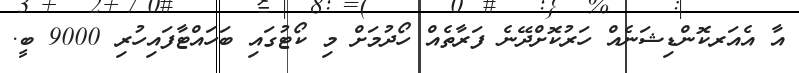
އާ އެއަރކޮންޑިޝަނެއް ހަރުކޮށްދޭނެ ފަރާތެއް ހޯދުމަށް މި ކޯޓުގައި ބަހައްޓާފައިހުރި 9000 ބީ.